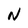
Character: N